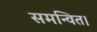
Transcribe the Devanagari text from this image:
समन्वित।